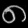
Digit: ၈